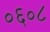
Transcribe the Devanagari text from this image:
०६०८